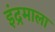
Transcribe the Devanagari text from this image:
इंद्रमाला